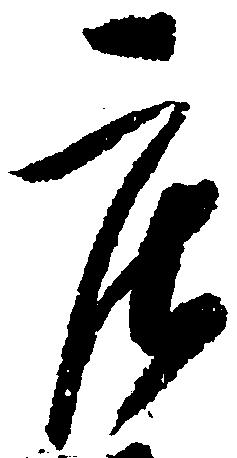
庄